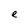
Character: e